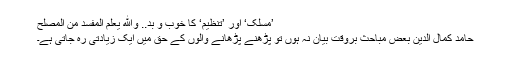
’مسلک‘ اور ’تنظیم‘ کا خوب و بد.. والله يعلم المفسدَ من المصلح
حامد کمال الدین بعض مباحث بروقت بیان نہ ہوں تو پڑھنے پڑھانے والوں کے حق میں ایک زیادتی رہ جاتی ہے۔